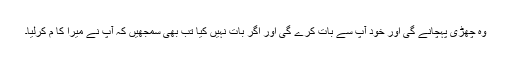
وہ چھڑی پہچانے گی اور خود آپ سے بات کرے گی اور اگر بات نہیں کیا تب بھی سمجھیں کہ آپ نے میرا کا م کرلیا۔